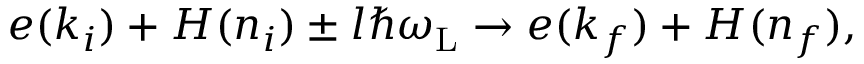
\begin{array} { r } { e ( k _ { i } ) + H ( n _ { i } ) \pm l \hbar \omega _ { \mathrm { L } } \rightarrow e ( k _ { f } ) + H ( n _ { f } ) , } \end{array}